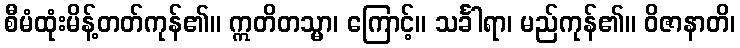
စီမံထုံးမိန့်တတ်ကုန်၏။ ဣတိတသ္မာ၊ ကြောင့်။ သင်္ခါရာ၊ မည်ကုန်၏။ ဝိဇာနာတိ၊